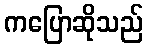
ကပြောဆိုသည်